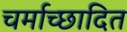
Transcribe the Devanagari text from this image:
चर्माच्छादित